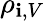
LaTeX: \rho_{\mathbf{i},V}